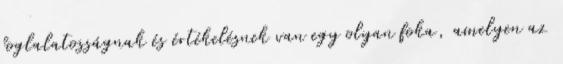
foglalatosságnak és értékelésnek van egy olyan foka, amelyen az